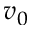
v _ { 0 }